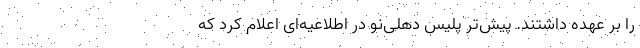
را بر عهده داشتند. پیش‌تر پلیس دهلی‌نو در اطلاعیه‌ای اعلام کرد که